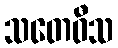
သတေဝီသ